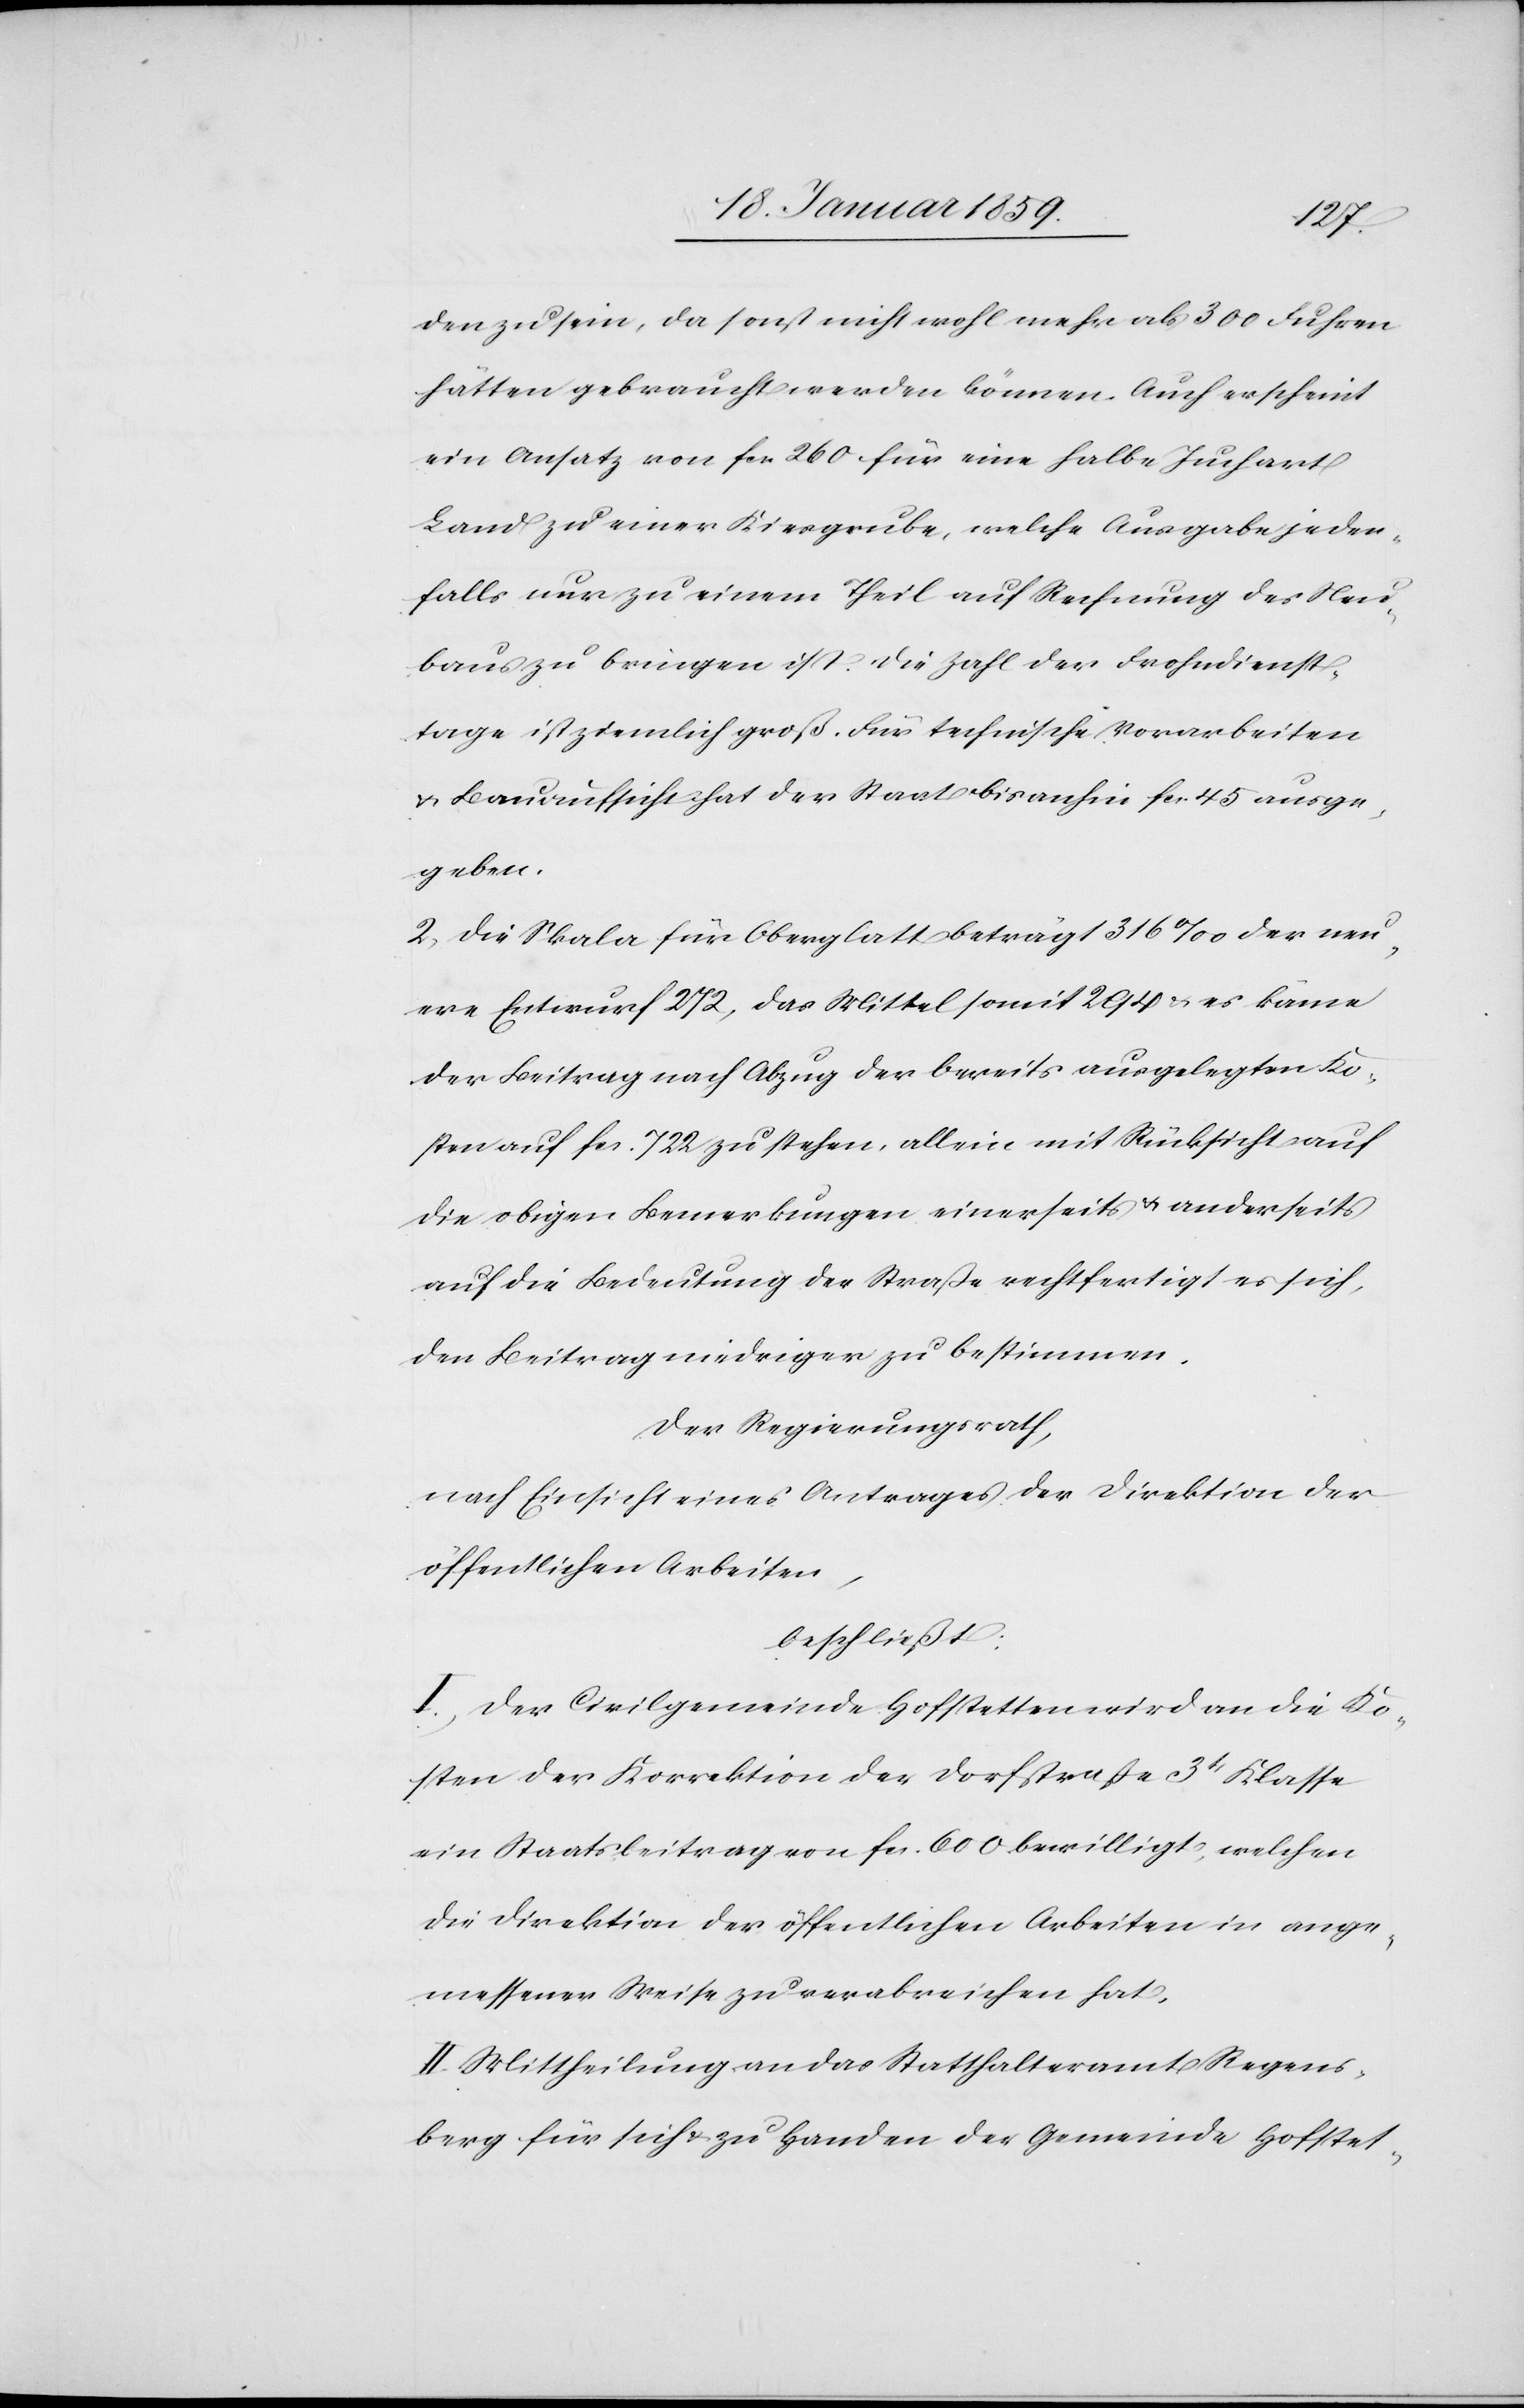
den zu sein, da sonst nicht wohl mehr als 300 Fuhren
hätten gebraucht werden können. Auch erscheint
ein Ansatz von fcs 260 für eine halbe Juchart
Land zu einer Kiesgrube [?zu viel], welche Ausgabe jeden¬
falls nur zu einem Theil auf Rechnung des Neu¬
baus zu bringen ist. Die Zahl der Frohndienst¬
tage ist ziemlich groß. Für technische Vorarbeiten
u. Bauaufsicht hat der Staat bis anhin fcs. 45 ausge¬
geben.
2. Die Skala für Oberglatt beträgt 316 ‰ der neu¬
ere Entwurf 272, das Mittel somit 294 u. es käme
der Beitrag nach Abzug der bereits ausgelegten Ko¬
sten auf fcs. 722 zu stehen, allein mit Rücksicht auf
die obigen Bemerkungen einerseits u. andererseits
auf die Bedeutung der Straße rechtfertigt es sich,
den Beitrag niedriger zu bestimmen.
Der Regierungsrath,
nach Einsicht eines Antrages der Direktion der
öffentlichen Arbeiten,
beschließt:
I. Der Civilgemeinde Hofstetten wird an die Ko¬
sten der Korrektion der Dorfstraße 3tr Klasse
ein Staatsbeitrag von fcs. 600 bewilligt, welchen
die Direktion der öffentlichen Arbeiten in ange¬
messener Weise zu verabreichen hat.
II Mittheilung an das Statthalteramt Regens¬
berg für sich & zu Handen der Gemeinde Hofstet-